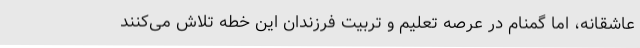
عاشقانه، اما گمنام در عرصه تعلیم و تربیت فرزندان این خطه تلاش می‌کنند